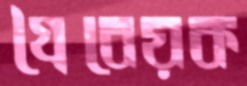
গ্রৈবেয়ক